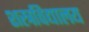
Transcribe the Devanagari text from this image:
शस्त्रविद्यालय